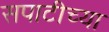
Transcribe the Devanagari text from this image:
सपाटीच्या